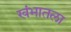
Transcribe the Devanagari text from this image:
खंभातला